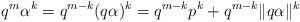
LaTeX: \begin{align*}q^{m}\alpha^{k}=q^{m-k}(q\alpha)^{k}=q^{m-k}p^{k}+q^{m-k}\Vert q\alpha\Vert^{k}\end{align*}